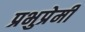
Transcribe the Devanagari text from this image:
प्रभुप्रेमी